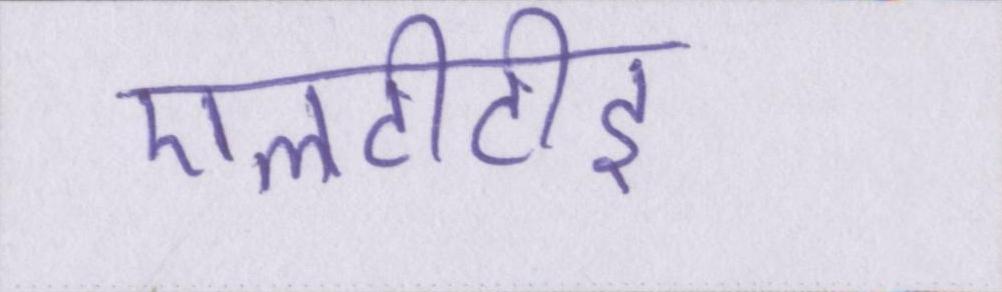
एलटीटीइ